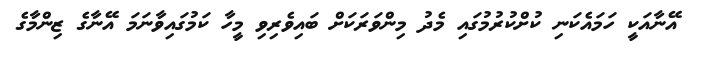
އޭނާއަކީ ހަމައެކަނި ކުށްކުރުމުގައި މެދު މިންވަރަކަށް ބައިވެރިވި މީހާ ކަމުގައިވާނަމަ އޭނާގެ ޒިންމާގެ